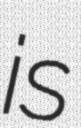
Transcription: is